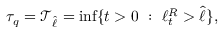
\tau _ { q } = \mathcal { T } _ { \hat { \ell } } = \operatorname* { i n f } \{ t > 0 ~ : ~ \ell _ { t } ^ { R } > \hat { \ell } \} ,